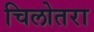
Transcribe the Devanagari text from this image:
चिलोतरा